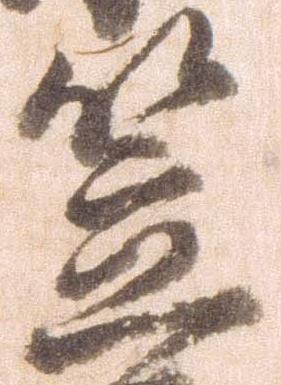
笠